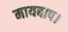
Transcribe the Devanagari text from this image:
मायबाप।